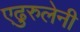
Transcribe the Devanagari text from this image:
एढुरुलेनी